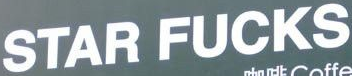
STAR FUCKS